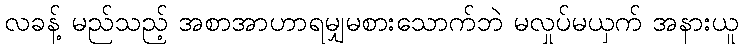
လခန့် မည်သည့် အစာအာဟာရမျှမစားသောက်ဘဲ မလှုပ်မယှက် အနားယူ